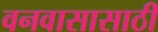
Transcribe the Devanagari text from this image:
वनवासासाठी